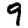
Digit: 9